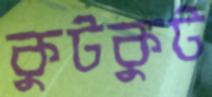
কুটকুট